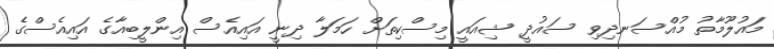
މައުލޫމާތު މުއްސަނދިވި ސައުދީ ޝިއައީ މިސްކިތަށް ހަމަލާ ދިނީ އައިއެސް އިންލީބިއާގެ އައިއެސްގެ